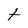
Character: t